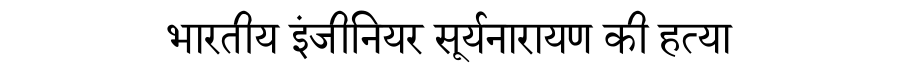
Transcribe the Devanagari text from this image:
भारतीय इंजीनियर सूर्यनारायण की हत्या